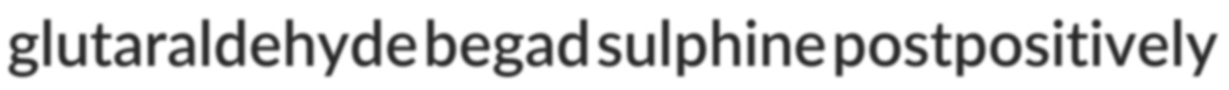
glutaraldehyde begad sulphine postpositively